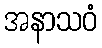
အနာသဝံ